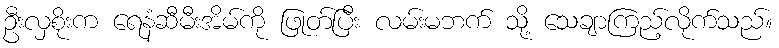
ဦးလှစိုးက ရေနံဆီမီးအိမ်ကို ဖြုတ်ပြီး လမ်းမဘက် သို့ သေချာကြည့်လိုက်သည်။